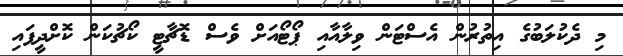
މި ދެކުލަބުގެ އިތުރުން އެސްޓަން ވިލާއާއި ޕޯޓޯއަށް ވެސް ޑޮޗާޓީ ކޯޗުކަން ކޮށްދީފައި